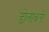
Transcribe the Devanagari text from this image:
डोलावतो